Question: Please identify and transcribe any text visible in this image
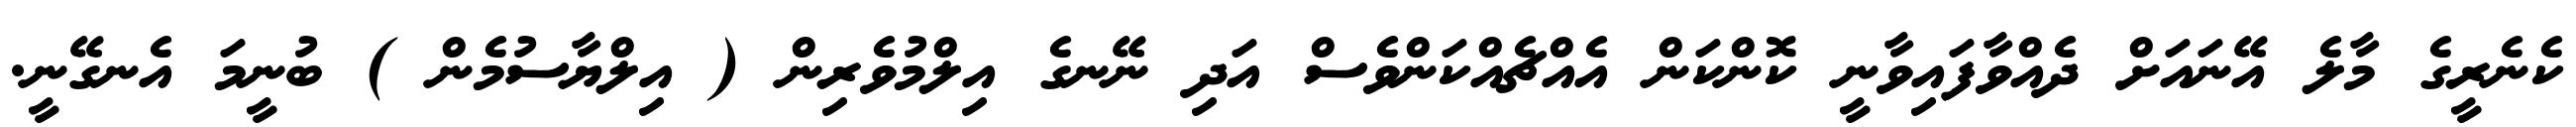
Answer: ކެނެރީގެ މާލެ އޭނައަށް ދެއްވާފައިވާނީ ކޮންކަން އެއްޗެއްކަންވެސް އަދި ނޭނގެ އިލްމުވެރިން ( އިލްޔާސުމެން ) ބުނީމަ އެނގޭނީ.